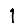
Digit: 1